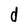
Character: d